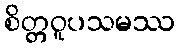
စိတ္တဝူပသမဿ